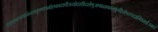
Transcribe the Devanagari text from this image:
तत्राश्वलायनेनचकृष्णपक्षेएकादशीत्रयोदशीदर्शेषुअषाढाफल्गुनीप्रोष्ठपदाभिन्नर्क्षेउक्तं